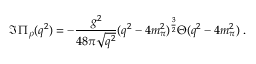
\Im \, \Pi _ { \rho } ( q ^ { 2 } ) = - \frac { g ^ { 2 } } { 4 8 \pi \sqrt { q ^ { 2 } } } ( q ^ { 2 } - 4 m _ { \pi } ^ { 2 } ) ^ { \frac { 3 } { 2 } } \Theta ( q ^ { 2 } - 4 m _ { \pi } ^ { 2 } ) \; .